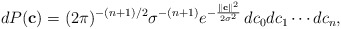
\begin{align*}dP(\textbf{c}) = (2\pi)^{-(n+1)/2}\sigma^{-(n+1)}\displaystyle e^{-\frac{\|\textbf{c}\|^2}{2\sigma^2}}\,dc_0dc_1\cdots dc_n,\end{align*}